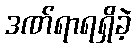
ဒဏ်ရာရရှိခဲ့